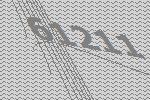
61211